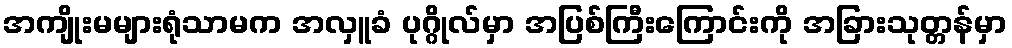
အကျိုးမများရုံသာမက အလှူခံ ပုဂ္ဂိုလ်မှာ အပြစ်ကြီးကြောင်းကို အခြားသုတ္တန်မှာ